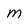
Character: m